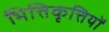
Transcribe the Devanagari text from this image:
भित्तिकृत्तियों